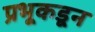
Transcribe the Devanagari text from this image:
प्रभूकडून